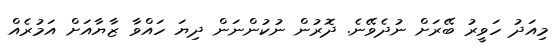
މިއަދު ހަވީރު ބޭރަށް ނުދެވޭނެ. ދޮރުން ނުކުންނަން ދިޔަ ހައްވާ ޒާޔާއަށް އަމުރެއް